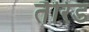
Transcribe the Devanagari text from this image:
तैरिड